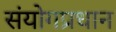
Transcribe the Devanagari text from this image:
संयोगप्रधान